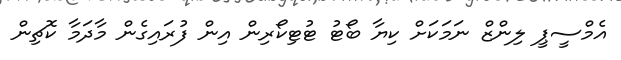
އެމްސީޕީ ލިންޒް ނަމަކަށް ކިޔާ ބޯޓު ޓުޓިކޯރިން އިން ފުރައިގެން މާދަމާ ކޮޗިން